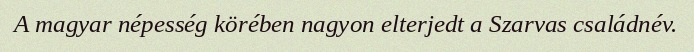
A magyar népesség körében nagyon elterjedt a Szarvas családnév.